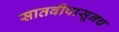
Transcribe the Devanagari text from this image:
सातवीपासूनच